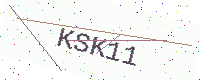
Text: KSK11